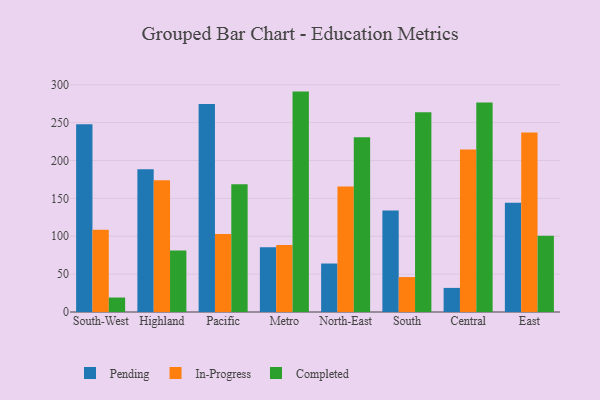
{"axis": {"x": "Region", "y": "Satisfaction Score"}, "legend": ["Completed", "In-Progress", "Pending"], "data": [{"x": "South-West", "y": 247.8, "type": "Pending"}, {"x": "South-West", "y": 108.5, "type": "In-Progress"}, {"x": "South-West", "y": 19.1, "type": "Completed"}, {"x": "Highland", "y": 188.4, "type": "Pending"}, {"x": "Highland", "y": 173.9, "type": "In-Progress"}, {"x": "Highland", "y": 81.3, "type": "Completed"}, {"x": "Pacific", "y": 274.6, "type": "Pending"}, {"x": "Pacific", "y": 103.0, "type": "In-Progress"}, {"x": "Pacific", "y": 168.5, "type": "Completed"}, {"x": "Metro", "y": 85.4, "type": "Pending"}, {"x": "Metro", "y": 88.4, "type": "In-Progress"}, {"x": "Metro", "y": 290.9, "type": "Completed"}, {"x": "North-East", "y": 64.0, "type": "Pending"}, {"x": "North-East", "y": 165.7, "type": "In-Progress"}, {"x": "North-East", "y": 230.7, "type": "Completed"}, {"x": "South", "y": 134.1, "type": "Pending"}, {"x": "South", "y": 46.1, "type": "In-Progress"}, {"x": "South", "y": 263.5, "type": "Completed"}, {"x": "Central", "y": 31.8, "type": "Pending"}, {"x": "Central", "y": 214.4, "type": "In-Progress"}, {"x": "Central", "y": 276.4, "type": "Completed"}, {"x": "East", "y": 144.3, "type": "Pending"}, {"x": "East", "y": 236.8, "type": "In-Progress"}, {"x": "East", "y": 100.5, "type": "Completed"}]}